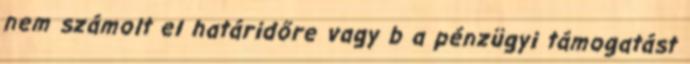
nem számolt el határidőre vagy b a pénzügyi támogatást